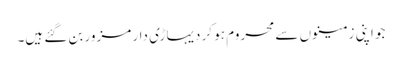
جو اپنی زمینوں سے محروم ہو کر دیہاڑی دار مزور بن گئے ہیں۔